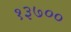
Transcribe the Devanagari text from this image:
१३७००